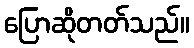
ပြောဆိုတတ်သည်။